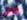
منقار